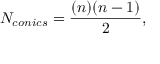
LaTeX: N _ { c o n i c s } = \frac { ( n ) ( n - 1 ) } { 2 } ,